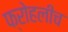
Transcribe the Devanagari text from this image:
फ्रोहलीच